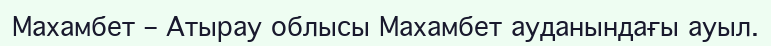
Махамбет – Атырау облысы Махамбет ауданындағы ауыл.